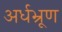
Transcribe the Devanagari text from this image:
अर्धभ्रूण